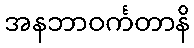
အနဘာဝင်္ကတာနိ